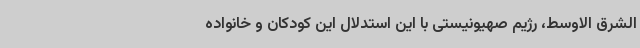
الشرق الاوسط، رژیم صهیونیستی با این استدلال این کودکان و خانواده‌